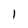
Character: I